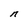
Character: n